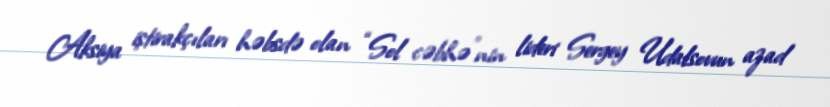
Aksiya iştirakçıları həbsdə olan “Sol cəbhə”nin lideri Sergey Udalsovun azad